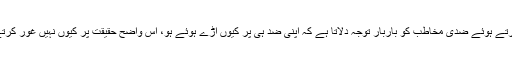
گویا متکلم تھوڑے تھوڑے وقفہ سے اپنے دعوے پر دلائل بیان کرتے ہوئے ضدی مخاطب کو باربار توجہ دلاتا ہے کہ اپنی ضد ہی پر کیوں اڑے ہوئے ہو، اس واضح حقیقت پر کیوں نہیں غور کرتے جو تمہارے سامنے دلائل کی روشنی میں پیش کی جا رہی ہے۔